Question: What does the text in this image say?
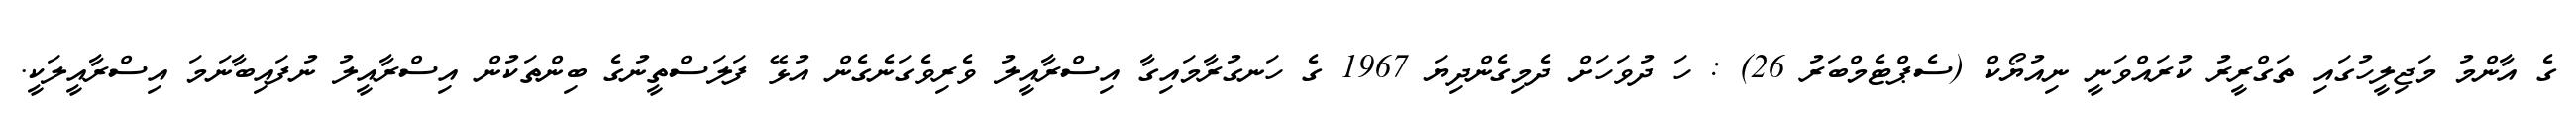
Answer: ގެ އާންމު މަޖިލީހުގައި ތަގްރީރު ކުރައްވަނީ ނިއުޔޯކް (ސެޕްޓެމްބަރު 26) : ހަ ދުވަހަށް ދެމިގެންދިޔަ 1967 ގެ ހަނގުރާމައިގާ އިސްރާއީލު ވެރިވެގަނެގެން އުޅޭ ފަލަސްތީނުގެ ބިންތަކުން އިސްރާއީލު ނުފައިބާނަމަ އިސްރާއީލަކީ.